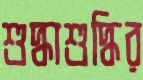
শুদ্ধাশুদ্ধির